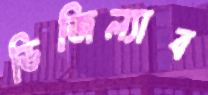
ডিজিল্যাব